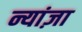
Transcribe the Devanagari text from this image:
न्यांज़ा